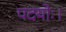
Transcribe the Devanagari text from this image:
पदयोः।